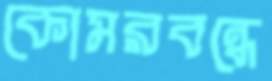
কোমরবন্ধে